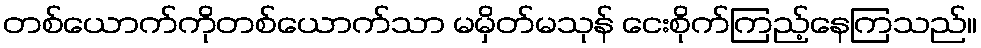
တစ်ယောက်ကိုတစ်ယောက်သာ မမှိတ်မသုန် ငေးစိုက်ကြည့်နေကြသည်။